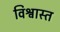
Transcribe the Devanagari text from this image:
विश्वास्त